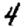
Digit: 4